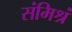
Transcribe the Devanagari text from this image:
संमिश्रं